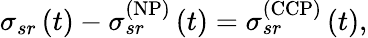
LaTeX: \sigma_{sr}\left(t\right)-\sigma_{sr}^{\left(\mathrm{NP}\right)}\left(t\right)=\sigma_{sr}^{\left(\mathrm{CCP}\right)}\left(t\right),